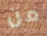
من